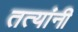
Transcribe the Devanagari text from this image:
तत्यांनी